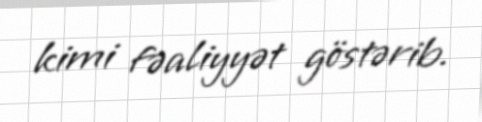
kimi fəaliyyət göstərib.